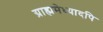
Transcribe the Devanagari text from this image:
ग्राह्ममेध्यादपि